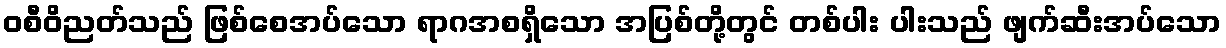
ဝစီဝိညတ်သည် ဖြစ်စေအပ်သော ရာဂအစရှိသော အပြစ်တို့တွင် တစ်ပါး ပါးသည် ဖျက်ဆီးအပ်သော